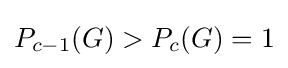
P_{c-1}(G)>P_{c}(G)=1